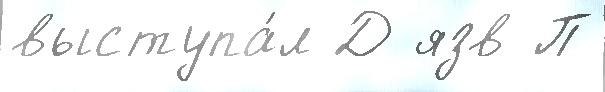
выступа́л Д язв П